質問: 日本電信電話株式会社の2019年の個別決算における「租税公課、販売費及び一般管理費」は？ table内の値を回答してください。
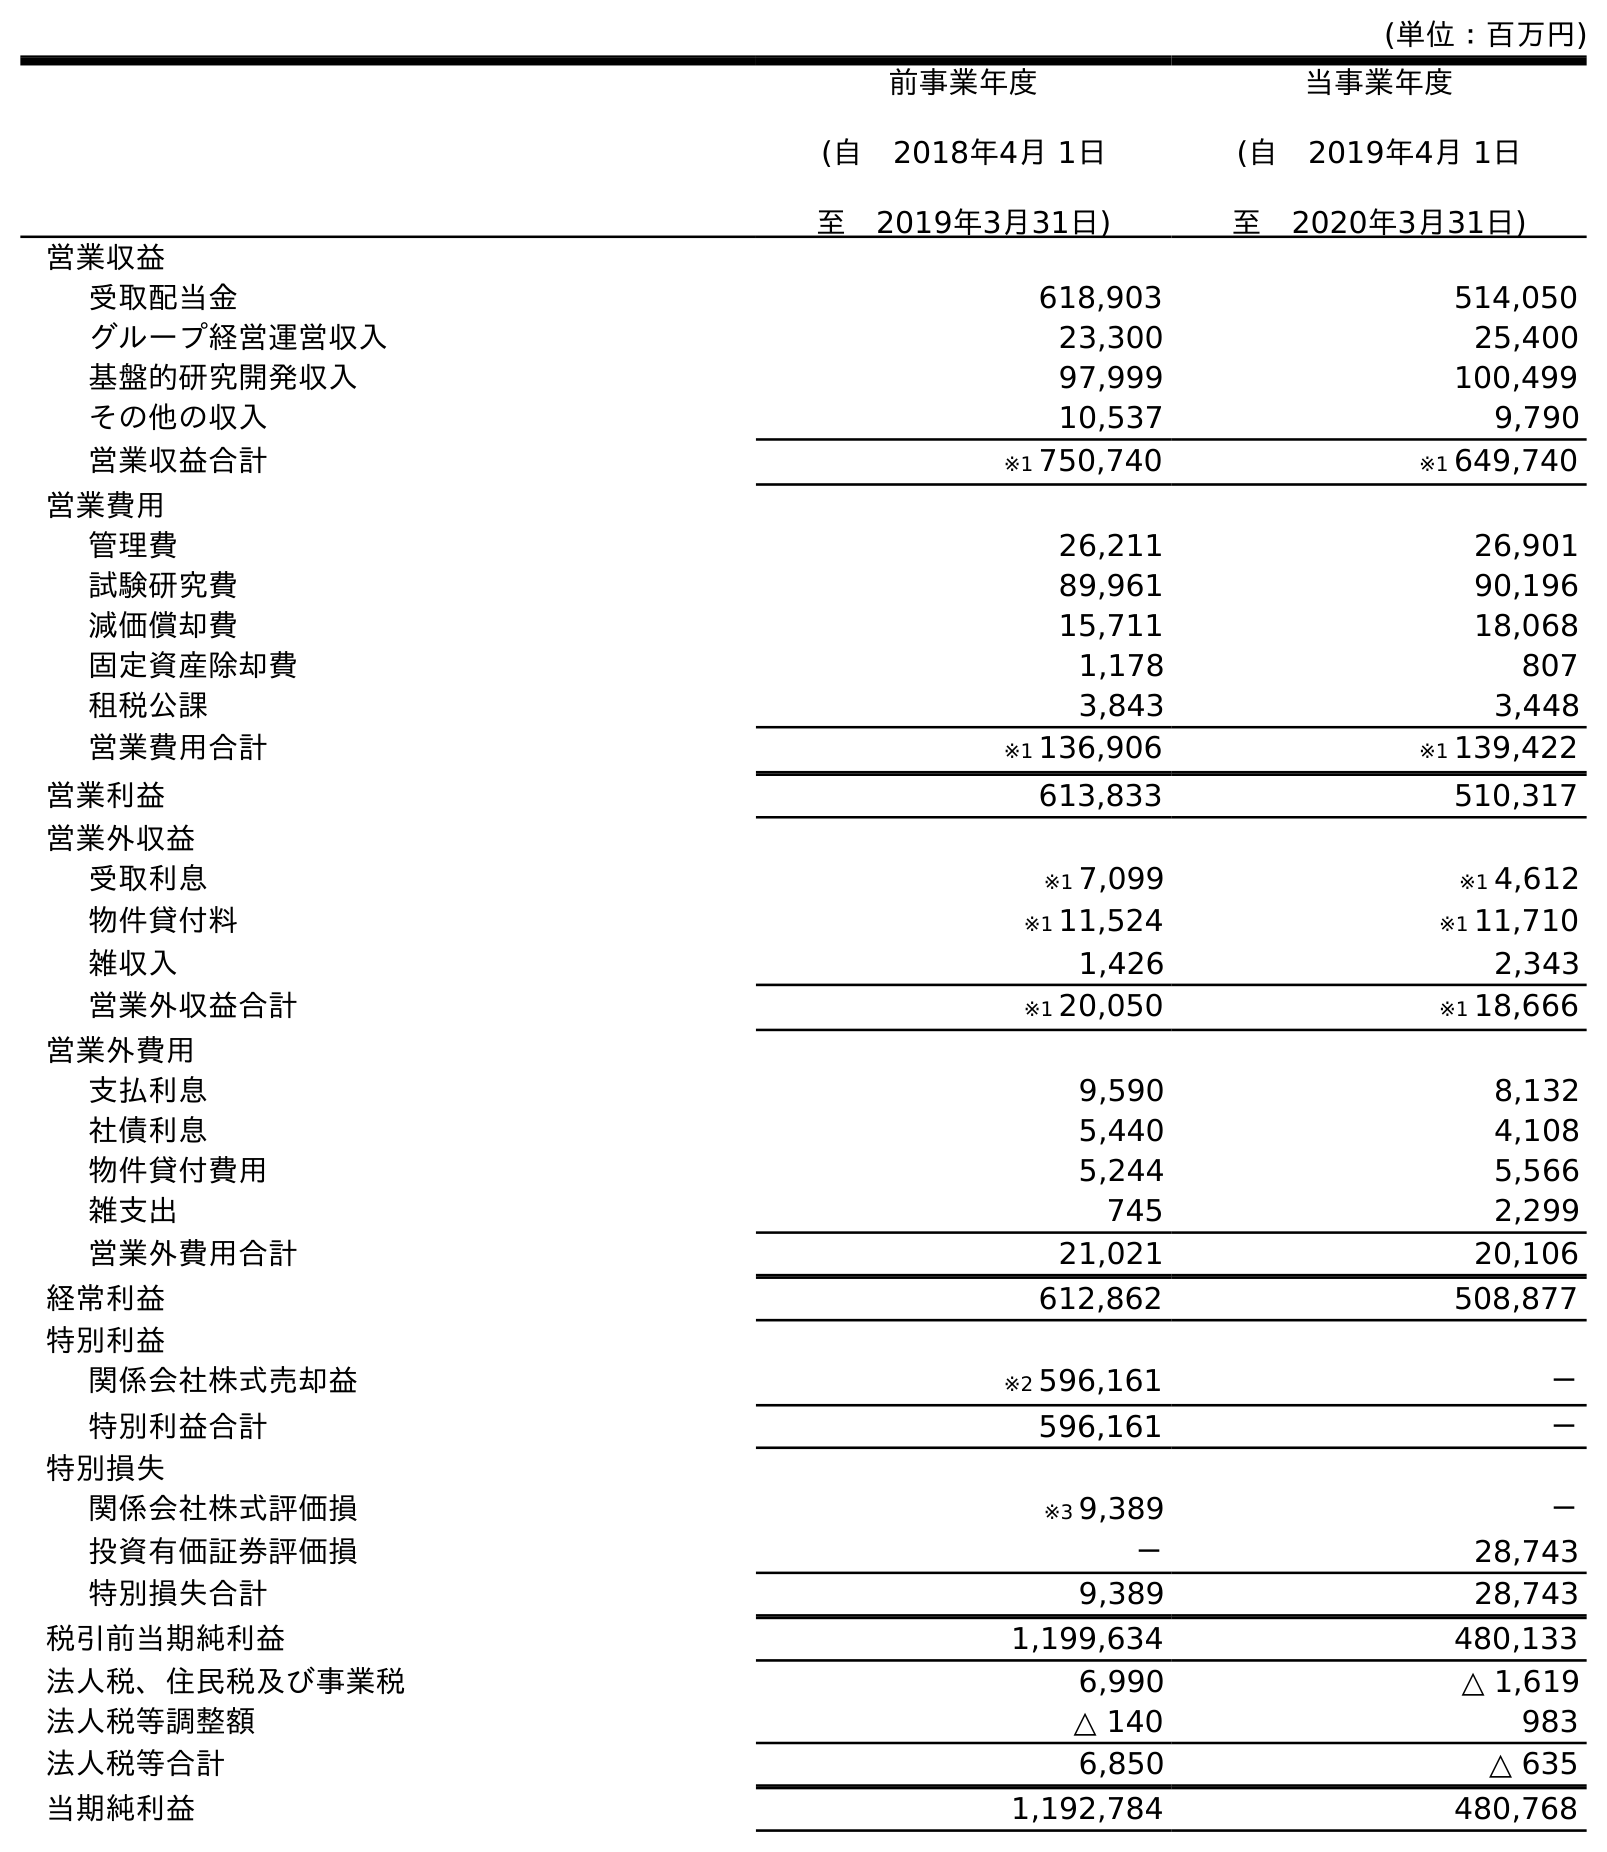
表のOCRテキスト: (単位：百万円) 前事業年度 (自 2018年4月 1日 至 2019年3月31日) 当事業年度 (自 2019年4月 1日 至 2020年3月31日) 営業収益 受取配当金 618,903 514,050 グループ経営運営収入 23,300 25,400 基盤的研究開発収入 97,999 100,499 その他の収入 10,537 9,790 営業収益合計 ※1 750,740 ※1 649,740 営業費用 管理費 26,211 26,901 試験研究費 89,961 90,196 減価償却費 15,711 18,068 固定資産除却費 1,178 807 租税公課 3,843 3,448 営業費用合計 ※1 136,906 ※1 139,422 営業利益 613,833 510,317 営業外収益 受取利息 ※1 7,099 ※1 4,612 物件貸付料 ※1 11,524 ※1 11,710 雑収入 1,426 2,343 営業外収益合計 ※1 20,050 ※1 18,666 営業外費用 支払利息 9,590 8,132 社債利息 5,440 4,108 物件貸付費用 5,244 5,566 雑支出 745 2,299 営業外費用合計 21,021 20,106 経常利益 612,862 508,877 特別利益 関係会社株式売却益 ※2 596,161 － 特別利益合計 596,161 － 特別損失 関係会社株式評価損 ※3 9,389 － 投資有価証券評価損 － 28,743 特別損失合計 9,389 28,743 税引前当期純利益 1,199,634 480,133 法人税、住民税及び事業税 6,990 △ 1,619 法人税等調整額 △ 140 983 法人税等合計 6,850 △ 635 当期純利益 1,192,784 480,768
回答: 3,843